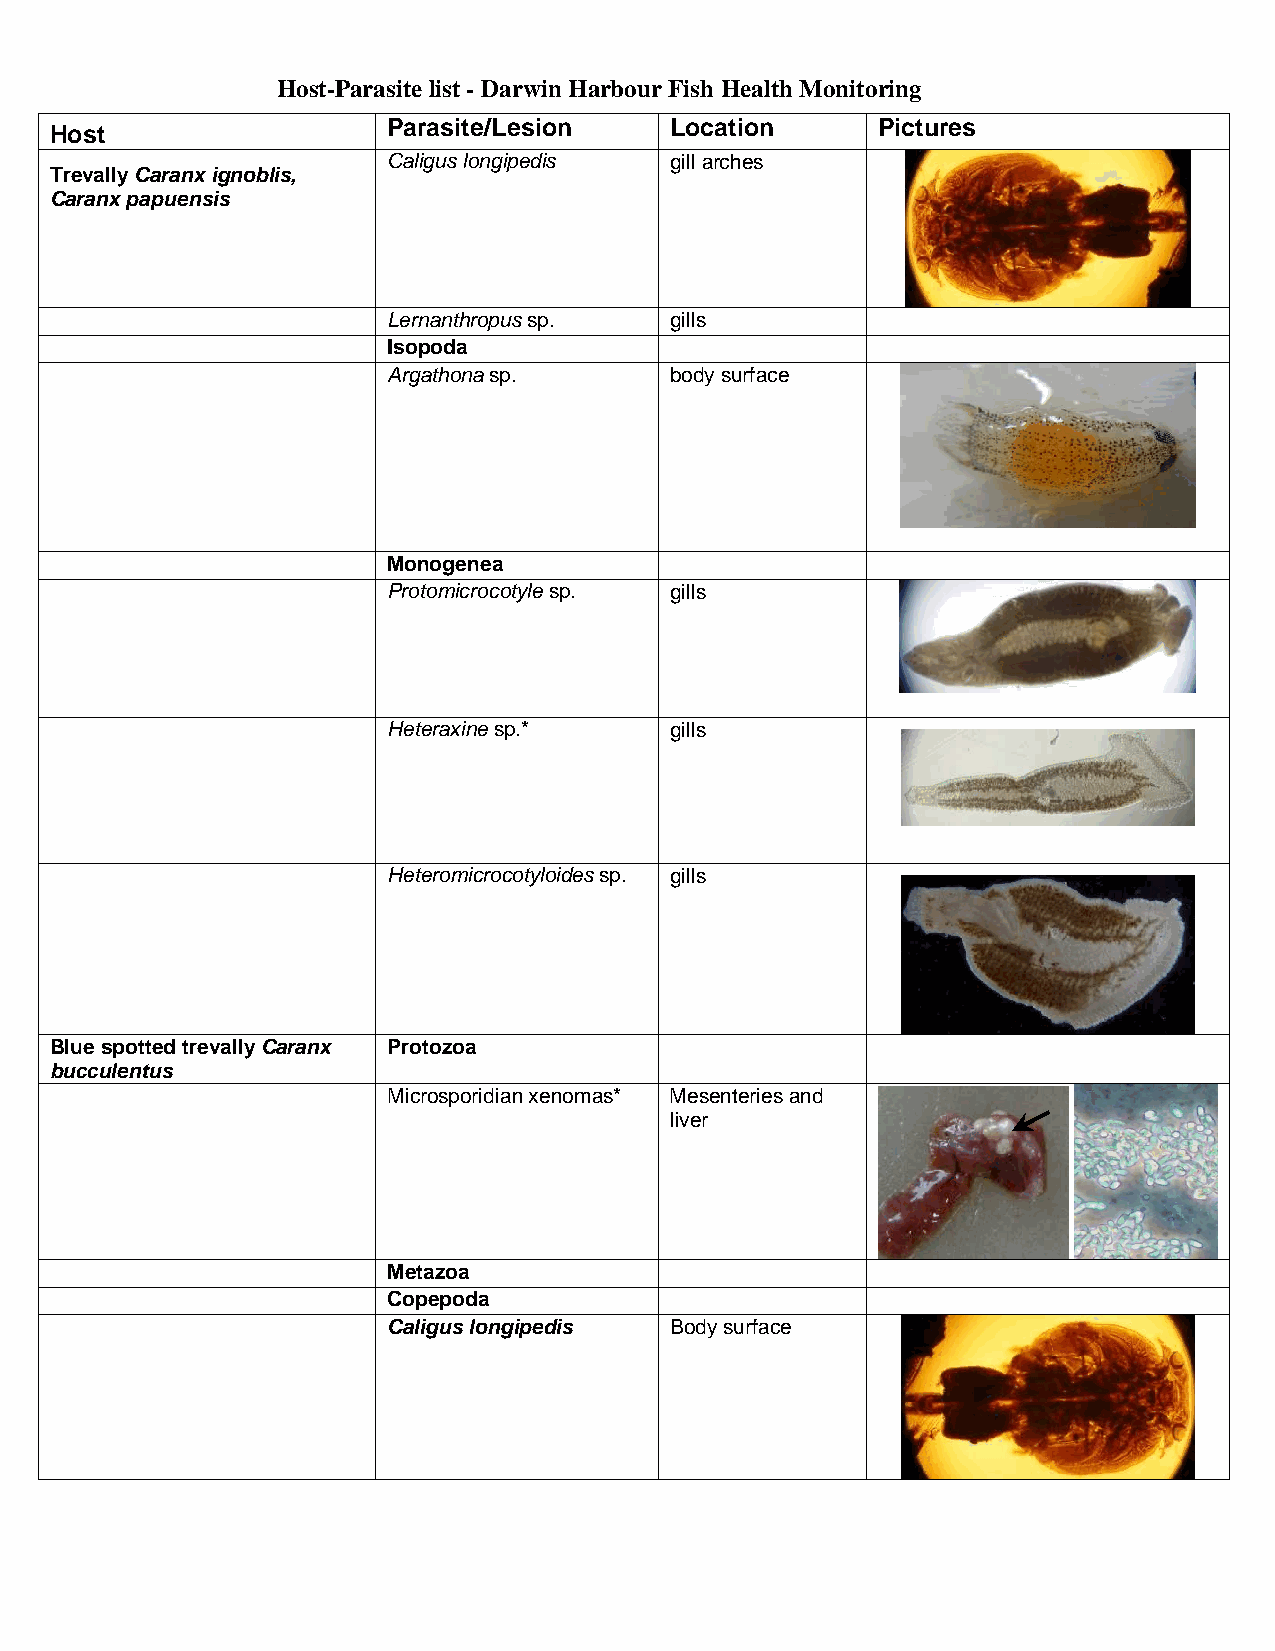
Host-Parasite list - Darwin Harbour Fish Health Monitoring
 Host
 Parasite/Lesion   Location      Pictures
 Caligus longipedis gill arches
 Trevally Caranx ignoblis,
 Caranx papuensis
 Lernanthropus sp. gills
 Isopoda
 Argathona sp.     body surface
 Monogenea
 Protomicrocotyle sp. gills
 Heteraxine sp.*   gills
 Heteromicrocotyloides sp. gills
 Blue spotted trevally Caranx Protozoa
 bucculentus
 Microsporidian xenomas* Mesenteries and
 liver
 Metazoa
 Copepoda
 Caligus longipedis Body surface